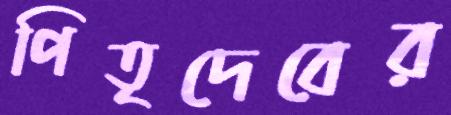
পিতৃদেবের